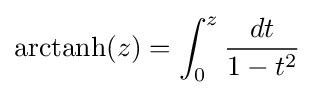
{\text{arctanh}}(z)=\int _{0}^{z}{\frac {dt}{1-t^{2}}}